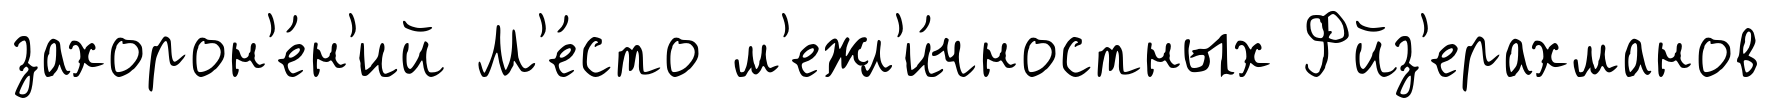
захорон'е́н'ий М'е́сто м'ежл'и́чностных Фйз'ерахманов